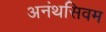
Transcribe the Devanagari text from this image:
अनंथसिवम